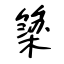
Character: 簗